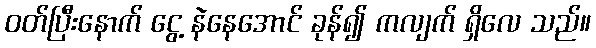
ဝတ်ပြီးနောက် ငွေ့ နဲနေအောင် ခုန်၍ ကလျက် ရှိလေ သည်။